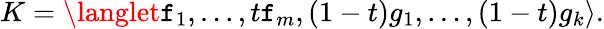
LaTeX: K=\langlet\mathtt{f}_{1},\ldots,t\mathtt{f}_{m},(1-t)g_{1},\ldots,(1-t)g_{k}\rangle.